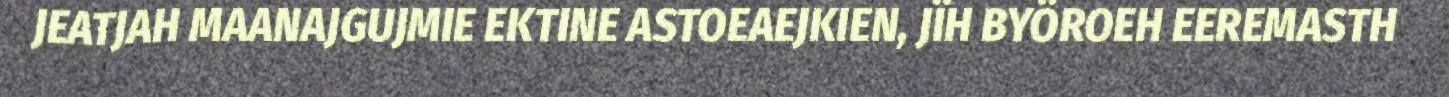
JEATJAH MAANAJGUJMIE EKTINE ASTOEAEJKIEN, JÏH BYÖROEH EEREMASTH